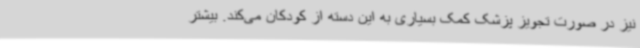
نیز در صورت تجویز پزشک کمک بسیاری به این دسته از کودکان می‌کند. بیشتر